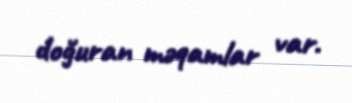
doğuran məqamlar var.